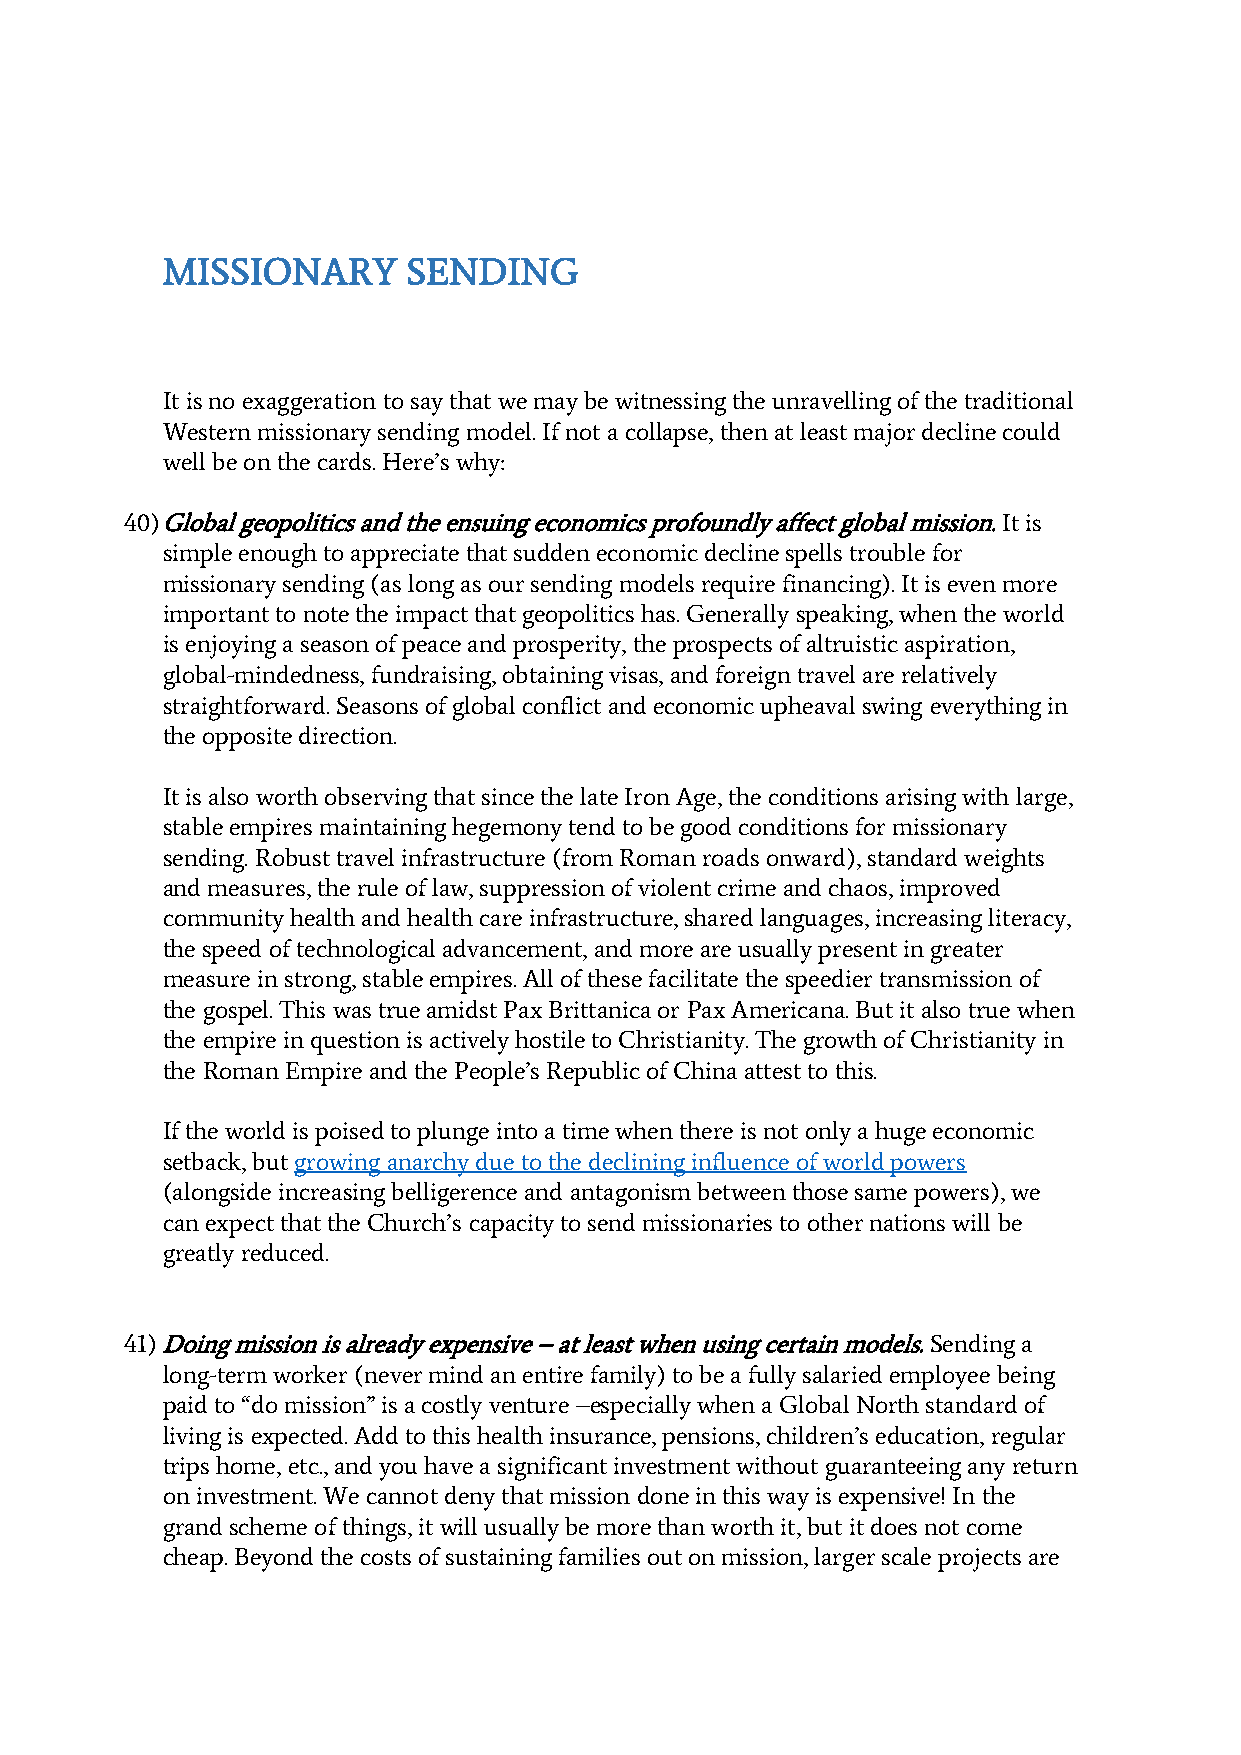
MISSIONARY      SENDING
 It is no exaggeration to say that we may be witnessing the unravelling of the traditional
 Western missionary sending model. If not a collapse, then at least major decline could
 well be on the cards. Here’s why:
 40) Global geopolitics and the ensuing economics profoundly affect global mission. It is
 simple enough to appreciate that sudden economic decline spells trouble for
 missionary sending (as long as our sending models require financing). It is even more
 important to note the impact that geopolitics has. Generally speaking, when the world
 is enjoying a season of peace and prosperity, the prospects of altruistic aspiration,
 global-mindedness, fundraising, obtaining visas, and foreign travel are relatively
 straightforward. Seasons of global conflict and economic upheaval swing everything in
 the opposite direction.
 It is also worth observing that since the late Iron Age, the conditions arising with large,
 stable empires maintaining hegemony tend to be good conditions for missionary
 sending. Robust travel infrastructure (from Roman roads onward), standard weights
 and measures, the rule of law, suppression of violent crime and chaos, improved
 community health and health care infrastructure, shared languages, increasing literacy,
 the speed of technological advancement, and more are usually present in greater
 measure in strong, stable empires. All of these facilitate the speedier transmission of
 the gospel. This was true amidst Pax Brittanica or Pax Americana. But it also true when
 the empire in question is actively hostile to Christianity. The growth of Christianity in
 the Roman Empire and the People’s Republic of China attest to this.
 If the world is poised to plunge into a time when there is not only a huge economic
 setback, but growing anarchy due to the declining influence of world powers
 (alongside increasing belligerence and antagonism between those same powers), we
 can expect that the Church’s capacity to send missionaries to other nations will be
 greatly reduced.
 41) Doing mission is already expensive – at least when using certain models. Sending a
 long-term worker (never mind an entire family) to be a fully salaried employee being
 paid to “do mission” is a costly venture –especially when a Global North standard of
 living is expected. Add to this health insurance, pensions, children’s education, regular
 trips home, etc., and you have a significant investment without guaranteeing any return
 on investment. We cannot deny that mission done in this way is expensive! In the
 grand scheme of things, it will usually be more than worth it, but it does not come
 cheap. Beyond the costs of sustaining families out on mission, larger scale projects are